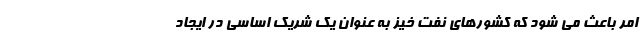
امر باعث می شود كه كشورهای نفت خیز به عنوان یك شریک اساسی در ایجاد